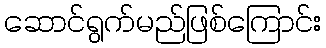
ဆောင်ရွက်မည်ဖြစ်ကြောင်း